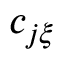
c _ { j \xi }